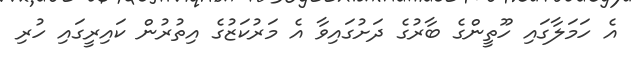
އެ ހަމަލާގައި ހޫތީންގެ ބާރުގެ ދަށުގައިވާ އެ މަރުކަޒުގެ އިތުރުން ކައިރީގައި ހުރި